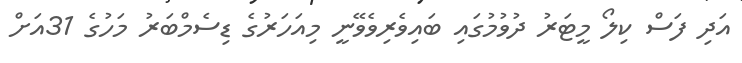
އަދި ފަސް ކިލޯ މީޓަރު ދުވުމުގައި ބައިވެރިވެވޭނީ މިއަހަރުގެ ޑިސެމްބަރު މަހުގެ 31އަށް